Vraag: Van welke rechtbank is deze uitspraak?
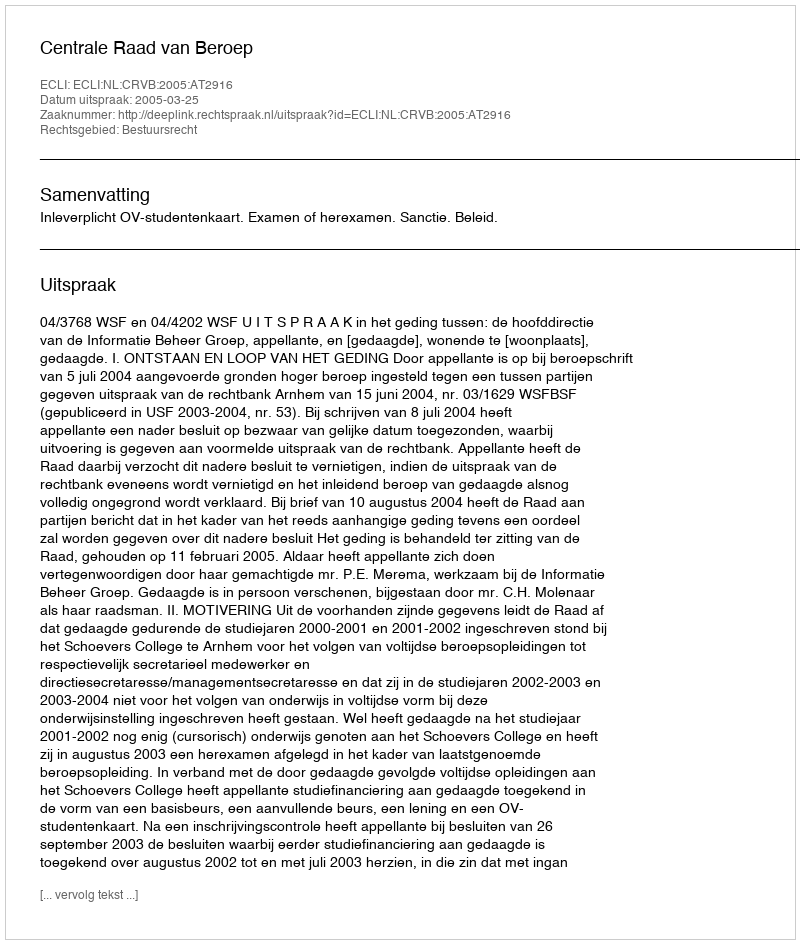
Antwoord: Centrale Raad van Beroep